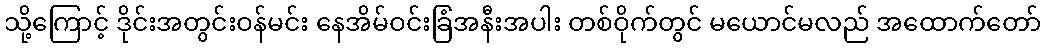
သို့ကြောင့် ဒိုင်းအတွင်းဝန်မင်း နေအိမ်ဝင်းခြံအနီးအပါး တစ်ဝိုက်တွင် မယောင်မလည် အထောက်တော်